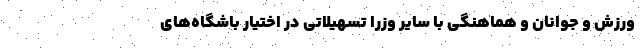
ورزش و جوانان و هماهنگی با سایر وزرا تسهیلاتی در اختیار باشگاه‌های